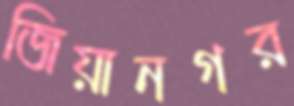
জিয়ানগর